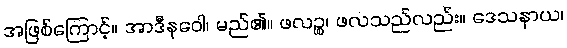
အဖြစ်ကြောင့်။ အာဒီနဝေါ၊ မည်၏။ ဖလဉ္စ၊ ဖလသည်လည်း။ ဒေသနာယ၊